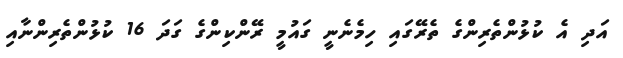
އަދި އެ ކުޅުންތެރިންގެ ތެރޭގައި ހިމެނެނީ ގައުމީ ރޭންކިންގެ ގަދަ 16 ކުޅުންތެރިންނާއި